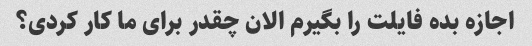
اجازه بده فایلت را بگیرم الان چقدر برای ما کار کردی؟